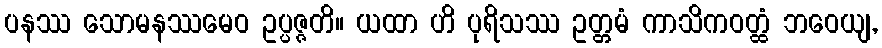
ပနဿ သောမနဿမေဝ ဥပ္ပဇ္ဇတိ။ ယထာ ဟိ ပုရိသဿ ဥတ္တမံ ကာသိကဝတ္ထံ ဘဝေယျ,